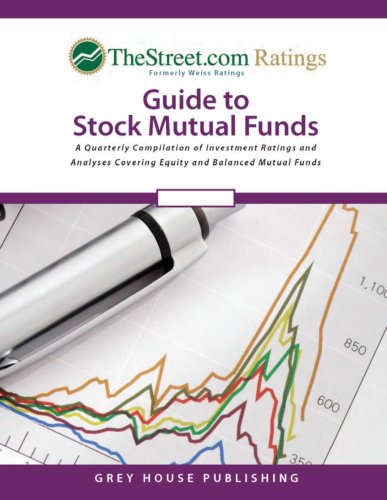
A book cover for Thestreet.com Ratings Guide to Stock Mutual Funds: Winter 2006/07 (Street Ratings Guide to Stock Mutual Funds); Business & Money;